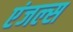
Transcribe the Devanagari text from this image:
एंजल्‍स